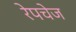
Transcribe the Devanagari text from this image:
रेपचेज